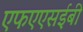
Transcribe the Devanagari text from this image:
एफएएसईबी